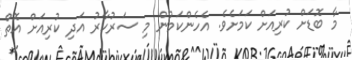
މާ ބޮޑަށް ކުރިއަށް ކަމަށެވެ. އެހެންކަމުން މި ސަރުކާރު އަދި ކުރިއަށް އޮތް